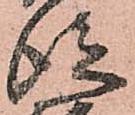
従